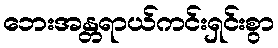
ဘေးအန္တရာယ်ကင်းရှင်းစွာ